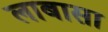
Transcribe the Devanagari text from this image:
लाबासा